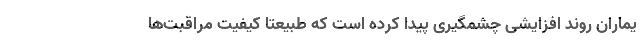
یماران روند افزایشی چشمگیری پیدا کرده است که طبیعتا کیفیت مراقبت‌ها